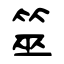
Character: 筮